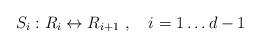
LaTeX: \begin{align*}S_{i}: R_i \leftrightarrow R_{i+1}\ ,\quad i=1\dots d-1\end{align*}